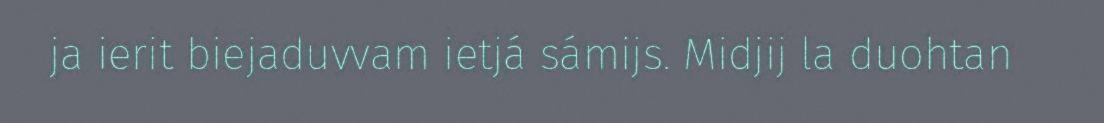
ja ierit biejaduvvam ietjá sámijs. Midjij la duohtan